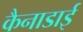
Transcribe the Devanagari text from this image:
कैनाडाई